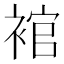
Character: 䘾